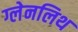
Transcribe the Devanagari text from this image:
ग्लेनलिथ